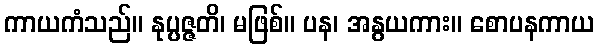
ကာယကံသည်။ နုပ္ပဇ္ဇတိ၊ မဖြစ်။ ပန၊ အနွယကား။ စောပနကာယ